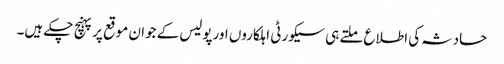
حادثہ کی اطلاع ملتے ہی سیکورٹی اہلکاروں اورپولیس کے جوان موقع پرپہنچ چکے ہیں۔